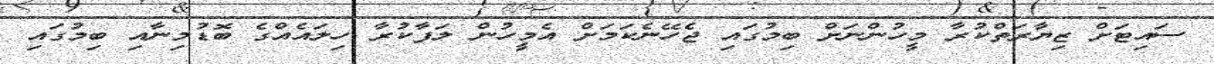
ސައިޓަށް ޒިޔާރަތްކުރާ މީހުންނަށް ބިމުގައި ޖެހޭނެކަމަށް އެމީހުން ލަފާކުރާ ހިލައެއްގެ ބޮޑުމިނާއި ބިމުގައި